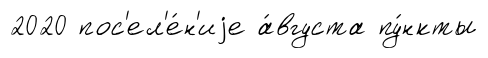
2020 пос'ел'е́н'иjе а́вгуста пу́нкты